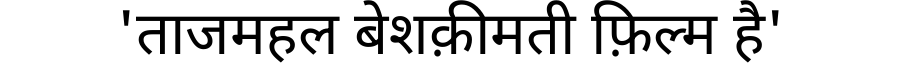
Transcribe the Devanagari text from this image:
'ताजमहल बेशक़ीमती फ़िल्म है'